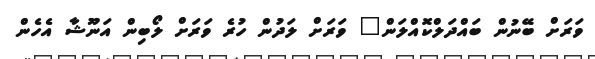
ވަރަށް ބޭނުން ބައްދަލްކޮއްލަން" ވަރަށް ލަދުން ހުރެ ވަރަށް ލޯބިން އަނޫޝާ އެހެން